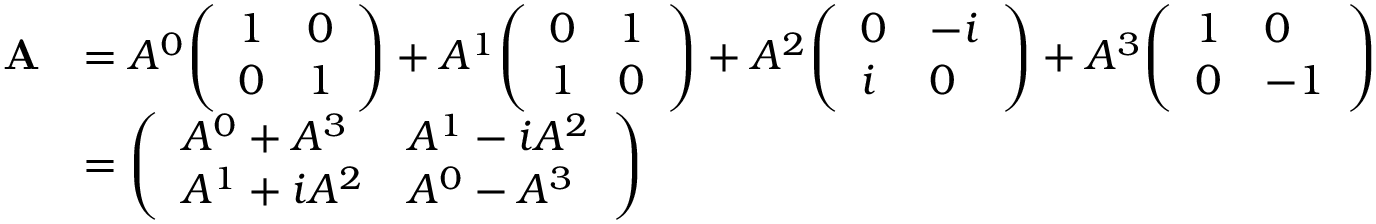
{ \begin{array} { r l } { \mathbf { A } } & { = A ^ { 0 } { \left( \begin{array} { l l } { 1 } & { 0 } \\ { 0 } & { 1 } \end{array} \right) } + A ^ { 1 } { \left( \begin{array} { l l } { 0 } & { 1 } \\ { 1 } & { 0 } \end{array} \right) } + A ^ { 2 } { \left( \begin{array} { l l } { 0 } & { - i } \\ { i } & { 0 } \end{array} \right) } + A ^ { 3 } { \left( \begin{array} { l l } { 1 } & { 0 } \\ { 0 } & { - 1 } \end{array} \right) } } \\ & { = { \left( \begin{array} { l l } { A ^ { 0 } + A ^ { 3 } } & { A ^ { 1 } - i A ^ { 2 } } \\ { A ^ { 1 } + i A ^ { 2 } } & { A ^ { 0 } - A ^ { 3 } } \end{array} \right) } } \end{array} }